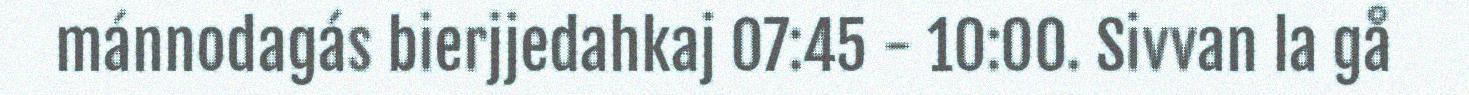
mánnodagás bierjjedahkaj 07:45 - 10:00. Sivvan la gå